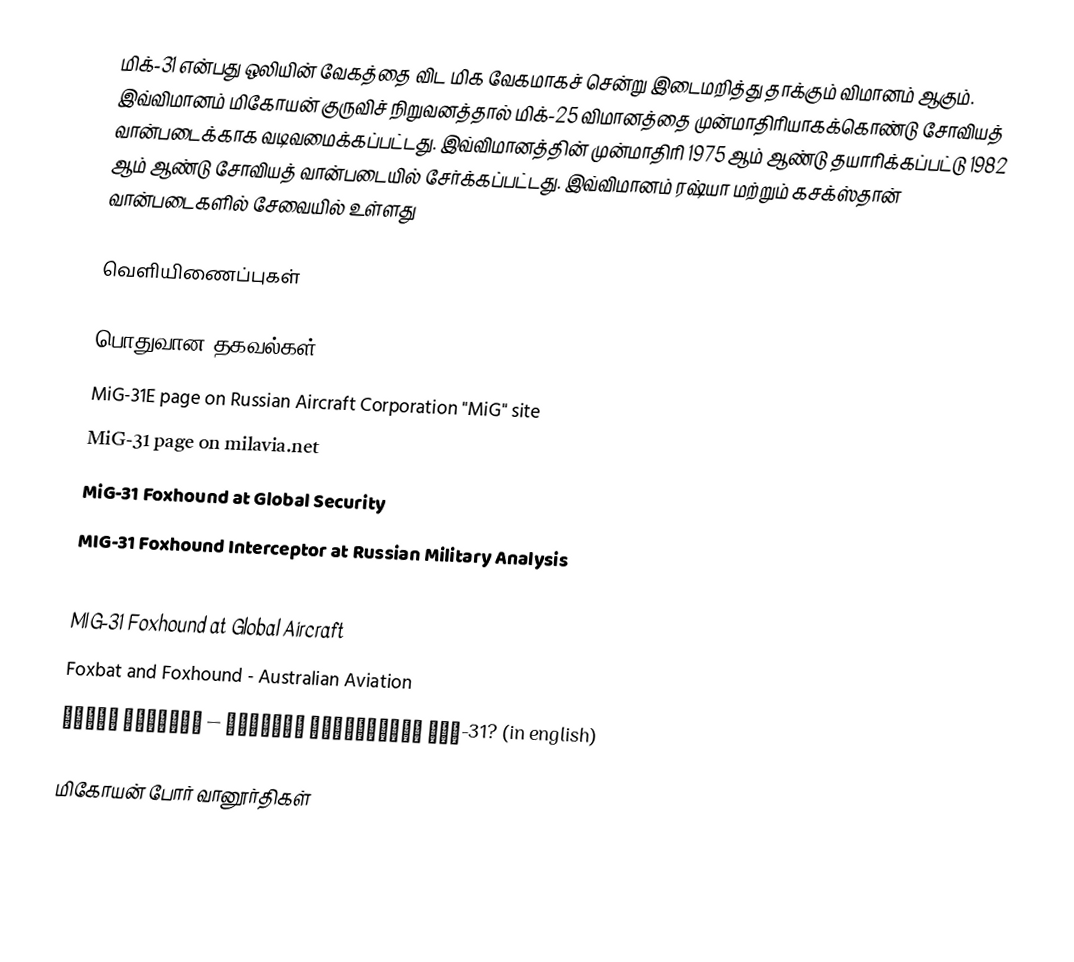
மிக்-31 என்பது ஒலியின் வேகத்தை விட மிக வேகமாகச் சென்று இடைமறித்து தாக்கும் விமானம் ஆகும். இவ்விமானம் மிகோயன் குருவிச் நிறுவனத்தால் மிக்-25 விமானத்தை முன்மாதிரியாகக்கொண்டு சோவியத் வான்படைக்காக வடிவமைக்கப்பட்டது. இவ்விமானத்தின் முன்மாதிரி 1975 ஆம் ஆண்டு தயாரிக்கப்பட்டு 1982 ஆம் ஆண்டு சோவியத் வான்படையில் சேர்க்கப்பட்டது. இவ்விமானம் ரஷ்யா மற்றும் கசக்ஸ்தான் வான்படைகளில் சேவையில் உள்ளது

வெளியிணைப்புகள்

பொதுவான தகவல்கள்
 MiG-31E page on Russian Aircraft Corporation "MiG" site
 MiG-31 page on milavia.net
 MiG-31 Foxhound at Global Security
 MIG-31 Foxhound Interceptor at Russian Military Analysis
 MiG-31 on aviation.ru
 MIG-31 Foxhound at Global Aircraft
 Foxbat and Foxhound - Australian Aviation
 Износ техники — причина катастрофы МиГ-31?   (in english)

மிகோயன் போர் வானூர்திகள்